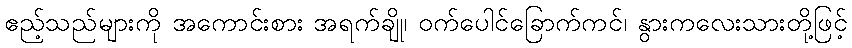
ဧည့်သည်များကို အကောင်းစား အရက်ချို၊ ဝက်ပေါင်ခြောက်ကင်၊ နွားကလေးသားတို့ဖြင့်